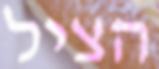
הציל